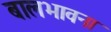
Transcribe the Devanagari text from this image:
बालभावना